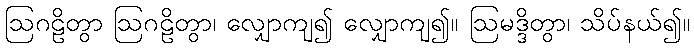
ဩဂဠိတွာ ဩဂဠိတွာ၊ လျှောကျ၍ လျှောကျ၍။ ဩမဒ္ဒိတွာ၊ သိပ်နယ်၍။